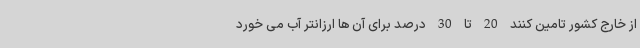
از خارج کشور تامین کنند 20 تا 30 درصد برای آن ها ارزانتر آب می خورد